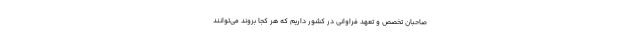
صاحبان تخصص و تعهد فراوانی در کشور داریم که هر کجا بروند می‌توانند